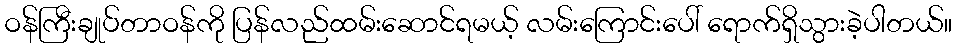
ဝန်ကြီးချုပ်တာဝန်ကို ပြန်လည်ထမ်းဆောင်ရမယ့် လမ်းကြောင်းပေါ် ရောက်ရှိသွားခဲ့ပါတယ်။